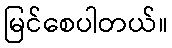
မြင်စေပါတယ်။